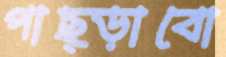
পাছ্‌ড়াবো